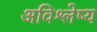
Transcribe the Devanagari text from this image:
अविश्लेष्य